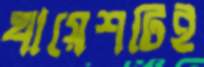
খায়েশটিই